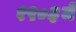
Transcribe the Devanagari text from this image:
१९०३में